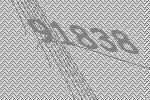
91838